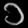
Digit: ၁